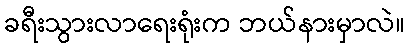
ခရီးသွားလာရေးရုံးက ဘယ်နားမှာလဲ။